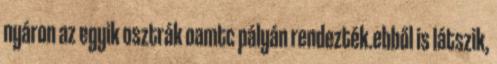
nyáron az egyik osztrák oamtc pályán rendezték.ebből is látszik,